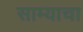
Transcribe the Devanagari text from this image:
साम्याचा